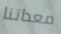
معداتنا